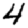
Digit: 4